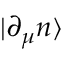
| \partial _ { \mu } n \rangle